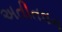
અતીતવન